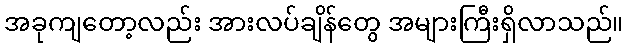
အခုကျတော့လည်း အားလပ်ချိန်တွေ အများကြီးရှိလာသည်။